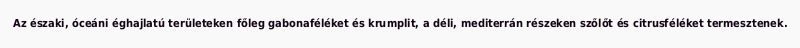
Az északi, óceáni éghajlatú területeken főleg gabonaféléket és krumplit, a déli, mediterrán részeken szőlőt és citrusféléket termesztenek.